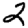
Digit: 2